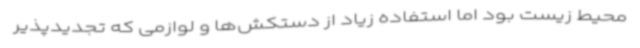
محیط زیست بود اما استفاده زیاد از دستکش‌ها و لوازمی که تجدیدپذیر